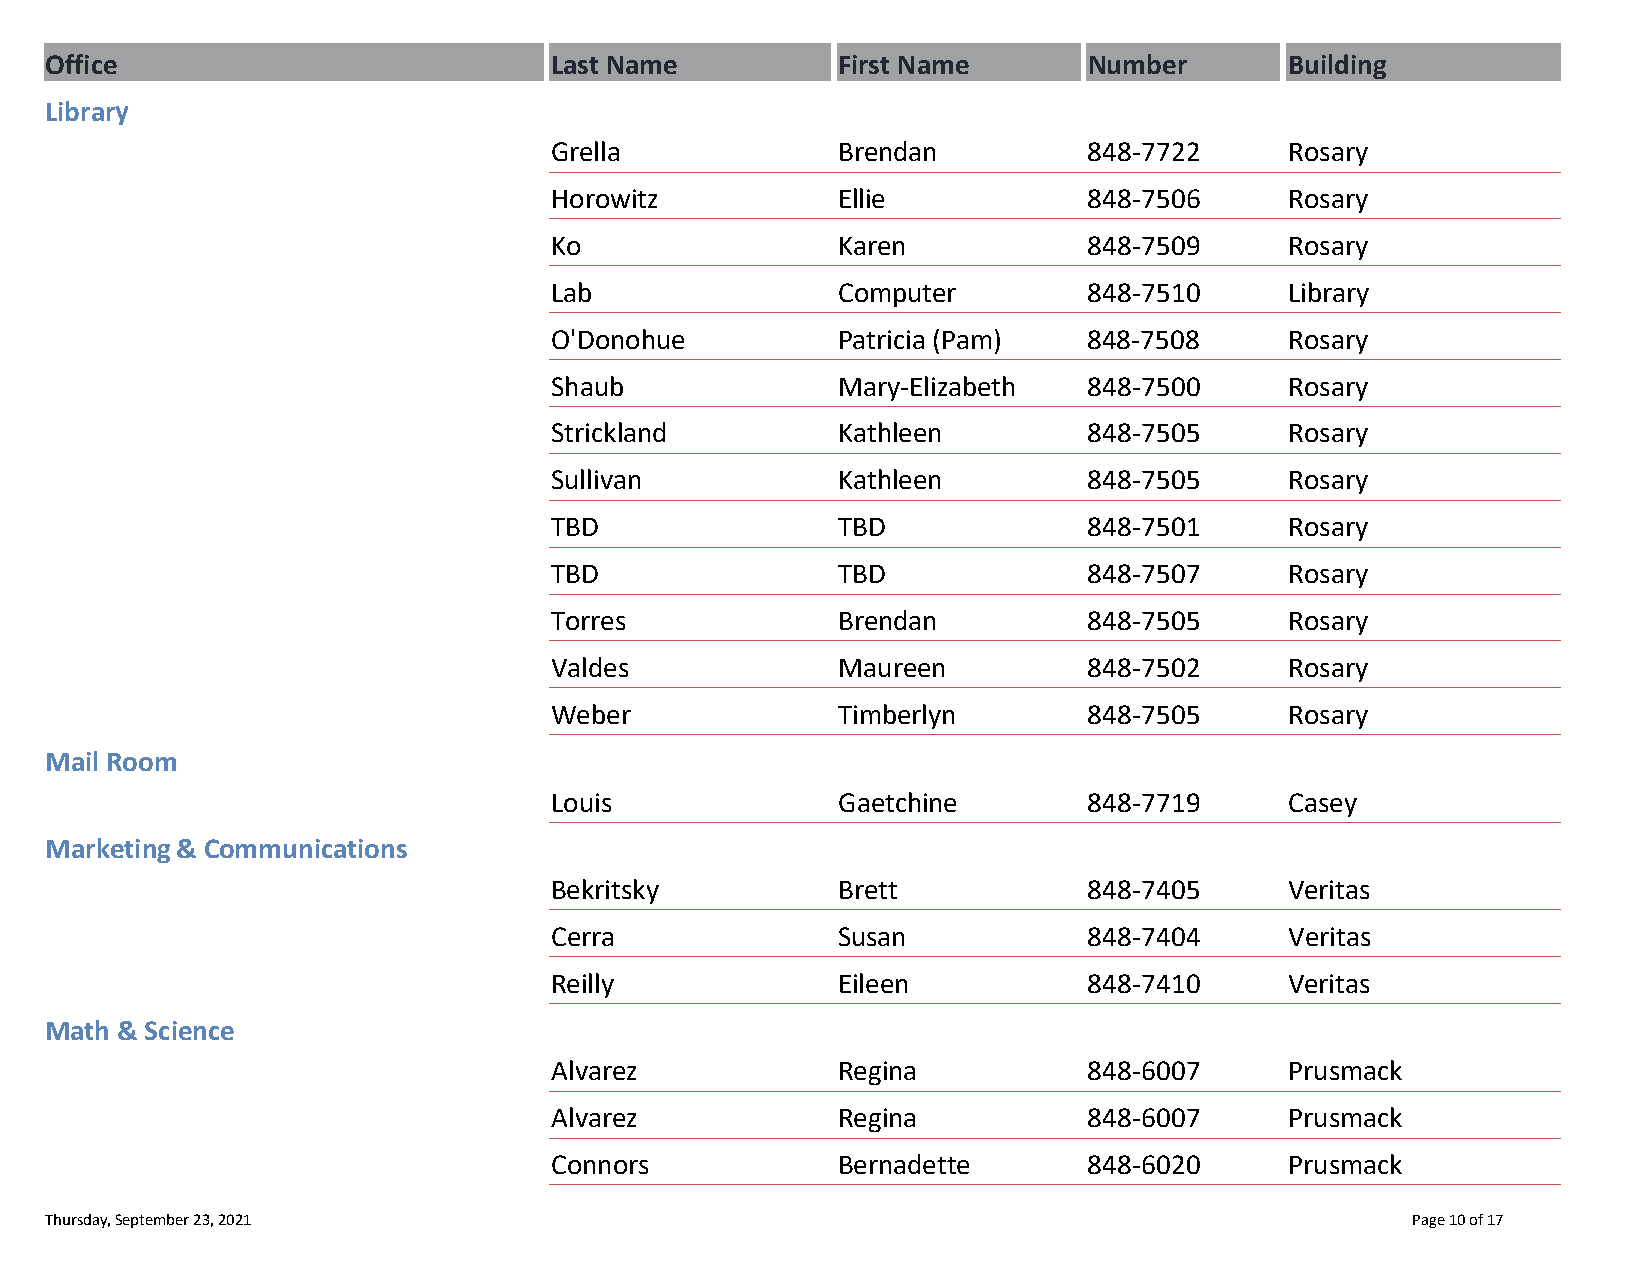
Office                           Last Name          First Name       Number       Building
 Library
 Grella             Brendan          848‐7722     Rosary
 Horowitz           Ellie            848‐7506     Rosary
 Ko                 Karen            848‐7509     Rosary
 Lab                Computer         848‐7510     Library
 O'Donohue          Patricia (Pam)   848‐7508     Rosary
 Shaub              Mary‐Elizabeth   848‐7500     Rosary
 Strickland         Kathleen         848‐7505     Rosary
 Sullivan           Kathleen         848‐7505     Rosary
 TBD                TBD              848‐7501     Rosary
 TBD                TBD              848‐7507     Rosary
 Torres             Brendan          848‐7505     Rosary
 Valdes             Maureen          848‐7502     Rosary
 Weber              Timberlyn        848‐7505     Rosary
 Mail Room
 Louis              Gaetchine        848‐7719     Casey
 Marketing & Communications
 Bekritsky          Brett            848‐7405     Veritas
 Cerra              Susan            848‐7404     Veritas
 Reilly             Eileen           848‐7410     Veritas
 Math & Science
 Alvarez            Regina           848‐6007     Prusmack
 Alvarez            Regina           848‐6007     Prusmack
 Connors            Bernadette       848‐6020     Prusmack
 Thursday, September 23, 2021                                                              Page 10 of 17